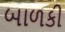
બાળકી